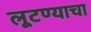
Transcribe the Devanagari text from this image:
लूटण्याचा